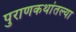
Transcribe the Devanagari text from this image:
पुराणकथांतल्या